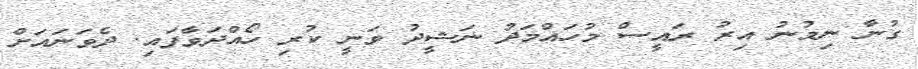
ގުނާ ނިމުނު އިރު ރައީސް މުހައްމަދު ނަޝީދު ވަނީ ކުރި ހޯއްދަވާފައި. ދެވަނައަށް